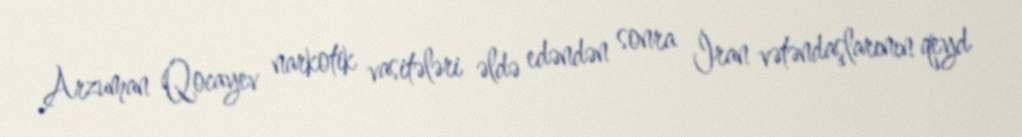
Arzuman Qocayev narkotik vasitələri əldə edəndən sonra İran vətəndaşlarının qeyd